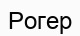
Рогер